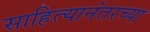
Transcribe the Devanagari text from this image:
साहित्यानंतरच्या